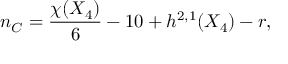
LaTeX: n _ { C } = { \frac { \chi ( X _ { 4 } ) } { 6 } } - 1 0 + h ^ { 2 , 1 } ( X _ { 4 } ) - r ,